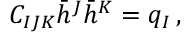
C _ { I J K } \bar { h } ^ { J } \bar { h } ^ { K } = q _ { I } \, ,